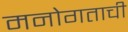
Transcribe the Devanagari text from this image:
मनोगताची